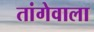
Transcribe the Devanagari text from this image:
तांगेवाला